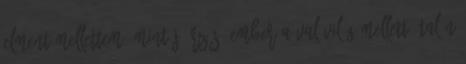
elment mellettem, mint jóérzésű ember a ValóVilág mellett. Talán